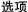
B|25℃│25℃